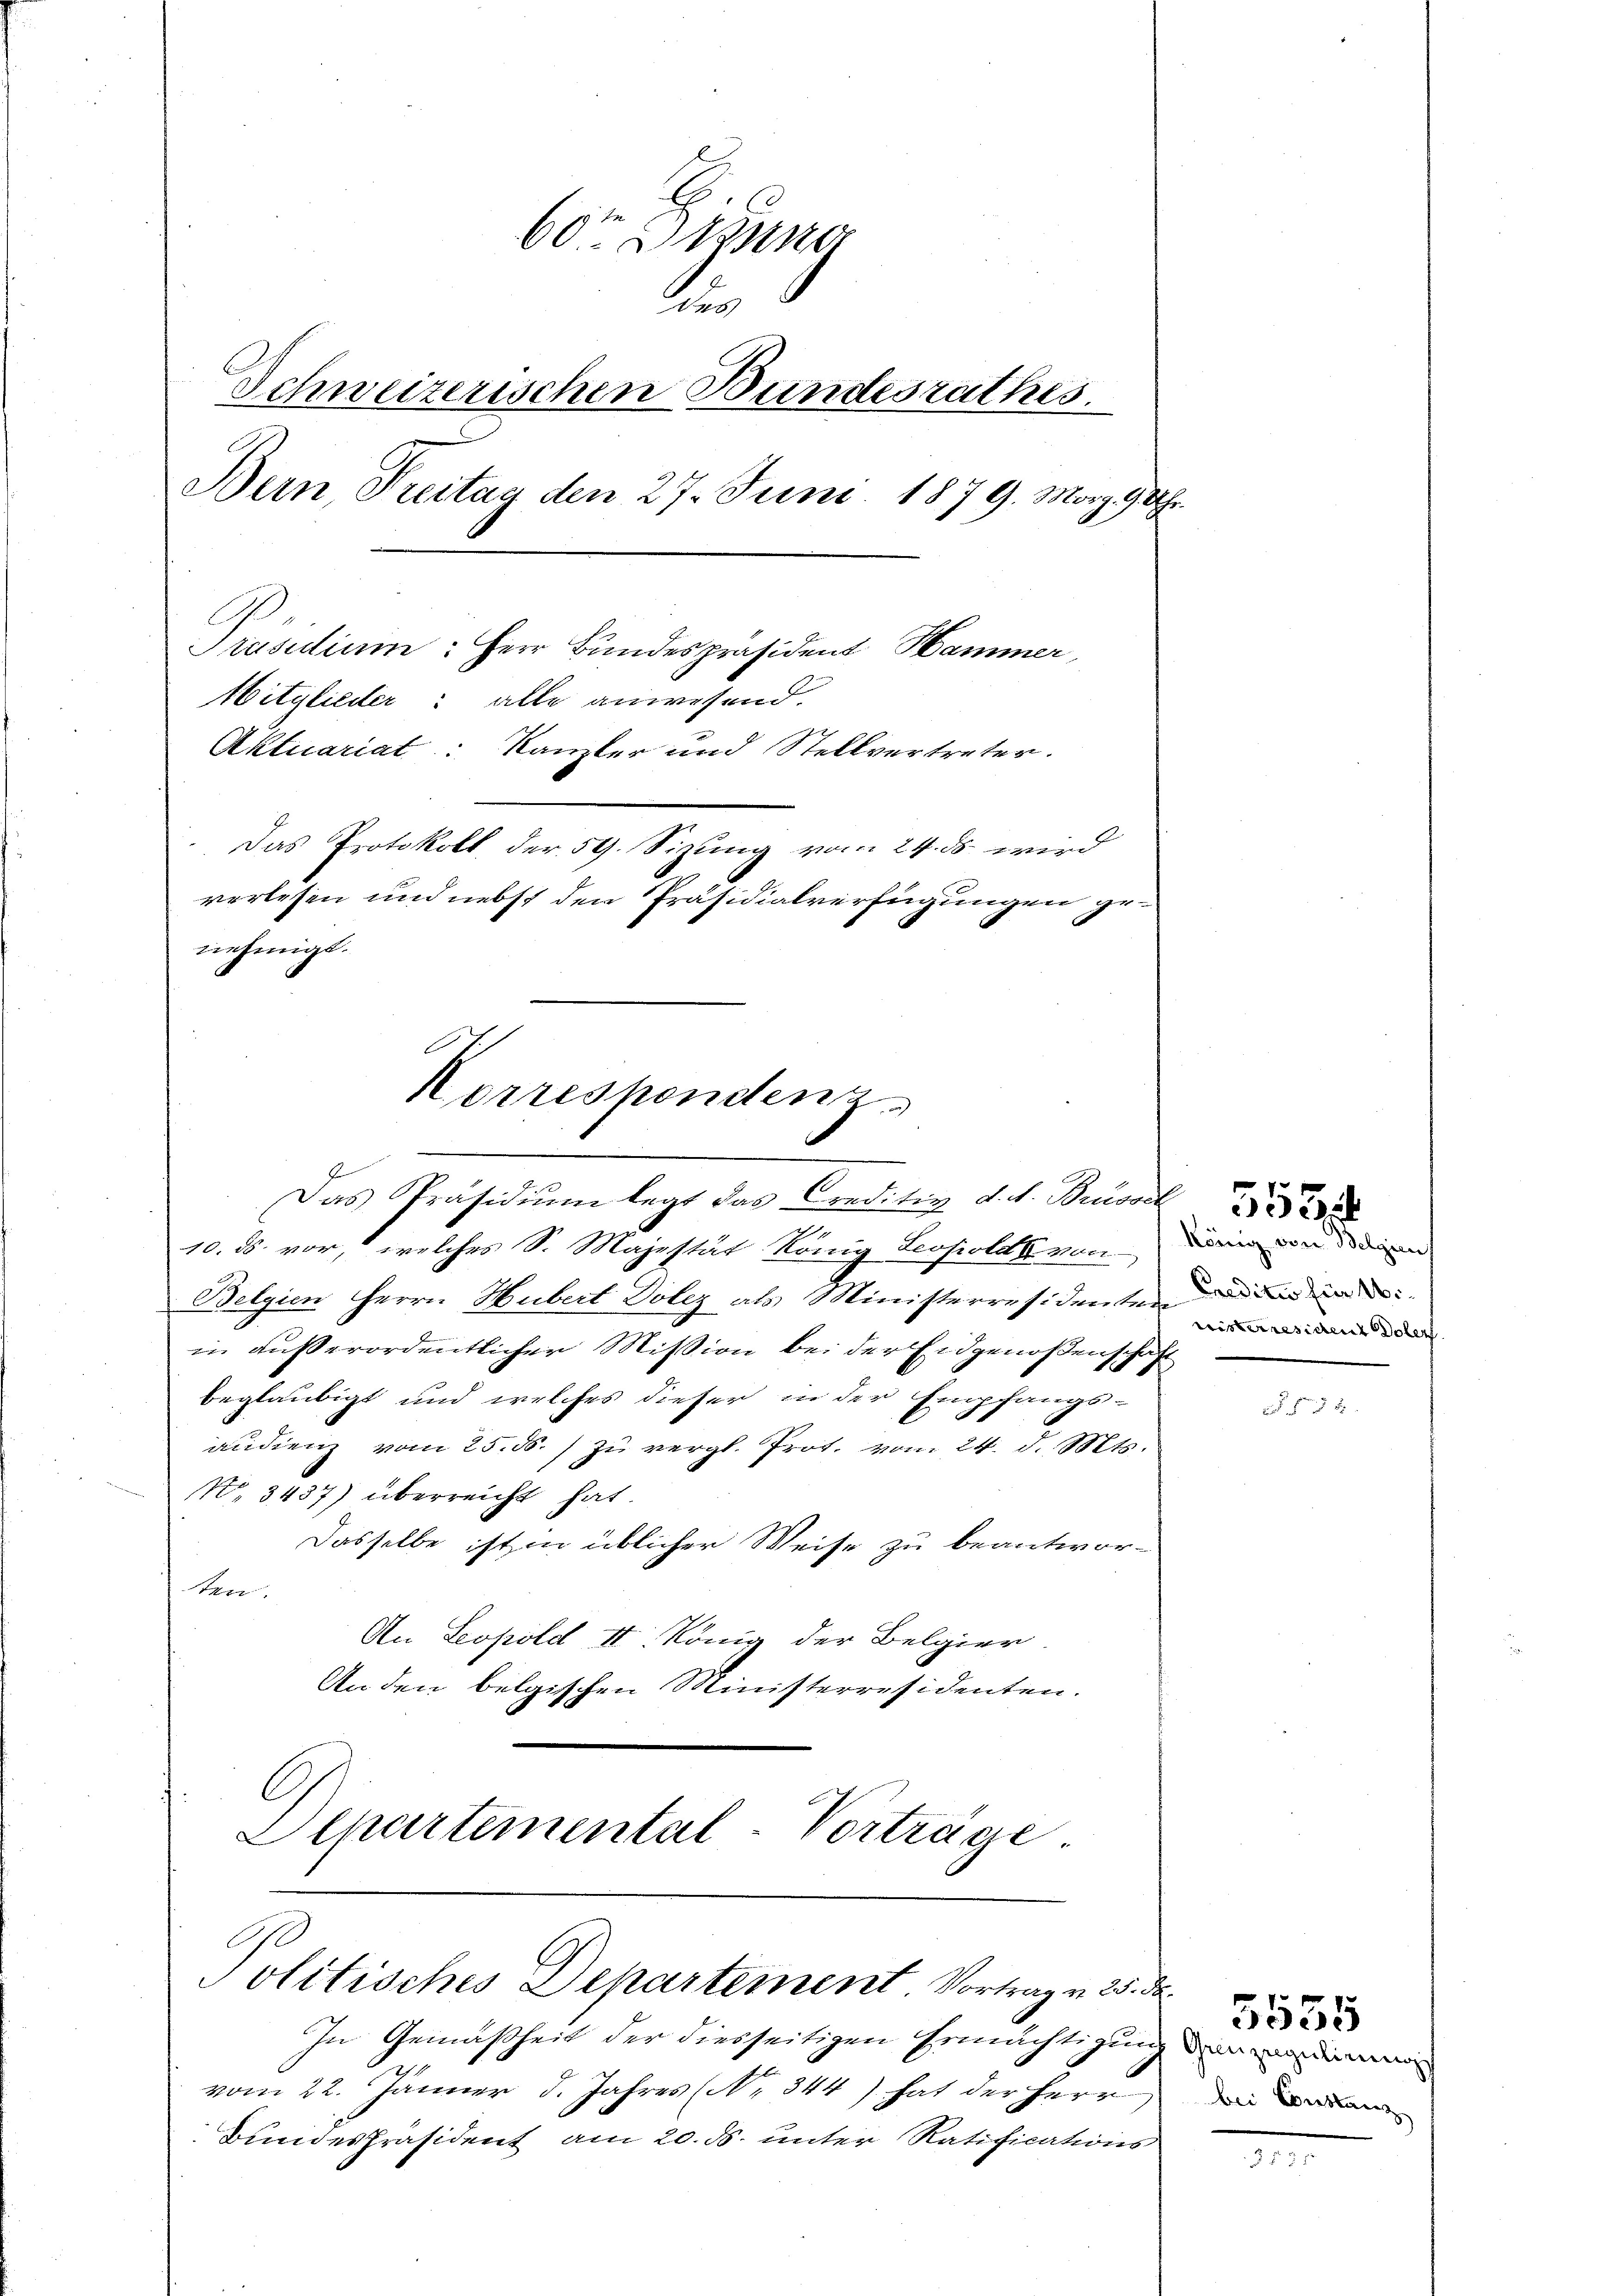
60ten Erkung
die
Schweizerischen Bundesrathes.
Bern, Treitag den 27. Juni 1879. März 9. Uhr
E
Präsidium: Herr Bundespräsident Hammer,
Mitglieder: alle anwesend.
Aktuariat: Kanzler und Stellvertreter.
Das Protokoll der 59. Sizung vom 24. ds wird
verlesen und nebst den Präsidialverfügungen genehmigt.

Korrespendenz
Das Präsidiŭm legt das Creditiv d. d. Besol

Politisches Departement Vortrag v. 25. d.

.
10. ds. vor, welches S. Majestät Konig Leopold von Darin von de diesen
Belgien Herrn Hubert Dolez als Ministerresidentende de
in außerordentlicher Mission bei der Eidgenoßenschaft
beglaubigt und welches dieser in der Empfangs-
audienz vom 25. ds. zŭ vergl. Prot. vom 24. d. Mts.
No. 3437) überreicht hat.
Dasselbe ist in üblicher Weise zu beantwor-
ten.
An Leopold II. König der Belgier
An den belgischen Ministerresidenten.
A
Separtemental-Vorträge

In Gemäßheit der diesseitigen Ermächtigung den im
vom 22. Jänner d. Jahres (Nr. 344) hat der Herr
Bundespräsident am 20. ds. unter Ratifications

risterresident Doler

§ 55 x

bei Constanz

5555